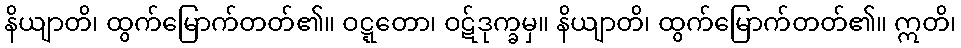
နိယျာတိ၊ ထွက်မြောက်တတ်၏။ ဝဋ္ဋတော၊ ဝဋ်ဒုက္ခမှ။ နိယျာတိ၊ ထွက်မြောက်တတ်၏။ ဣတိ၊